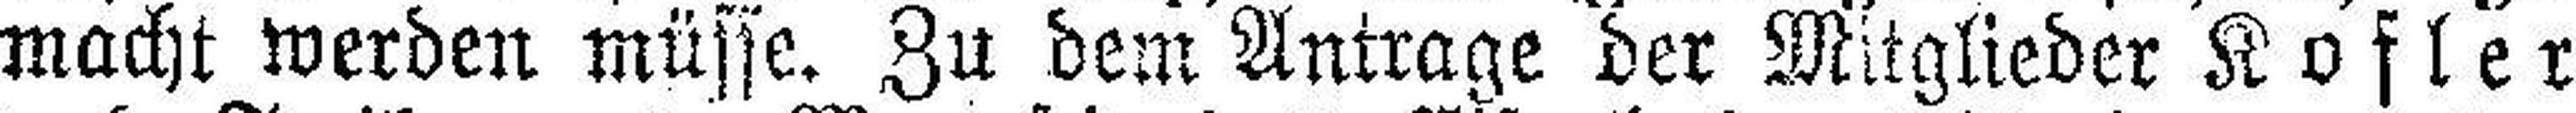
macht werden müsse. Zu dem Antrage der Mitglieder Kofler